Report on sanitation, dispensaries, and jails in Rajputana for 1912, and on vaccination for the year 1912-1913 - 1912-1913
Year: 1912
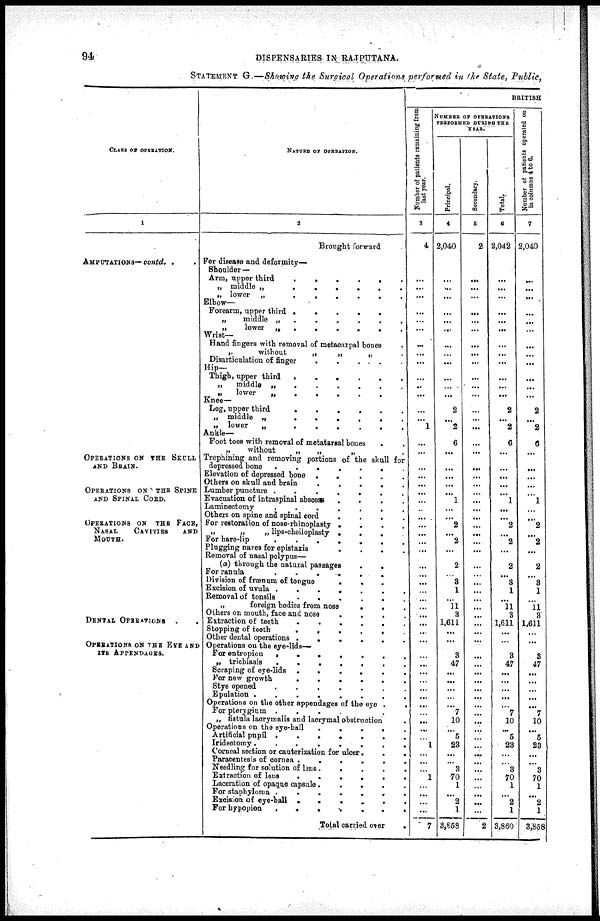
94
DISPENSARIES IN RAJPUTANA.
STATEMENT G.—Showing the Surgical Operations performed in the State, Public,
CLASS OF OPERATION.
1
AMPUTATIONS— contd. . .
OPERATIONS ON THE SKULL
AND BRAIN.
OPERATIONS ON THE SPINE
AND SPINAL CORD.
OPERATIONS ON THE FACE,
NASAL
CAVITIES
AND
MOUTH.
DENTAL OPERATIONS .
OPERATIONS ON THE EYE AND
ITS APPENDAGES.
NATURE OF OPERATION.
2
Brought forward
For disease and deformity—
Shoulder—
Arm, upper third
.
.
.
.
.
.
„ middle „
.
.
.
.
.
.
„ lower „
.
.
.
.
.
.
Elbow—
Forearm, upper third .
.
.
.
.
„
middle „ .
.
.
.
.
.
„
lower „
.
.
.
.
.
.
Wrist—
Hand fingers with removal of metacarpal bones .
„
without
„
„
„ .
Disarticulation of finger .
.
. . .
Hip—
Thigh, upper third
.
.
.
.
.
.
„
middle „
.
.
.
.
.
.
„
lower
„
.
.
.
.
.
Knee—
Leg, upper third
.
.
.
.
.
.
„ middle „
.
.
.
.
.
.
„ lower
„
.
.
.
.
.
.
Ankle—
Foot toes with removal of metatarsal bones . .
„
without
„
„
„ .
Trephining and removing portions of the skull for
depressed bone
.
.
.
.
.
.
.
Elevation of depressed bone .
.
.
.
.
Others on skull and brain
.
.
.
.
.
Lumber puncture .
.
.
.
.
.
.
Evacuation of intraspinal abscess
.
.
.
.
Laminectomy
.
.
.
.
.
.
.
Others on spine and spinal cord
.
.
.
.
For restoration of nose-rhinoplasty .
.
.
.
„
„
„ lips-cheiloplasty .
.
.
.
For hare-lip
.
.
.
.
.
.
.
Plugging nares for epistaxis
.
.
.
.
Removal of nasal polypus—
(a) through the natural passages
.
.
For ranula
.
.
.
.
.
.
Division of frænum of tongue
.
. .
Excision of uvula .
.
.
.
.
.
.
Removal of tonsils
.
.
.
.
.
.
„
foreign bodies from nose
.
. .
Others on mouth, face and nose
.
.
.
.
Extraction of teeth
.
.
.
.
.
.
Stopping of teeth
.
.
.
.
.
.
Other dental operations .
.
.
.
.
.
Operations on the eye-lids—
For entropion
.
.
.
.
.
.
.
„ trichiasis
.
.
.
.
.
.
.
Scraping of eye-lids .
.
.
.
.
For new growth
.
.
.
.
.
Stye opened
.
.
.
.
.
.
.
Epulation .
.
.
.
.
.
.
.
Operations on the other appendages of the eye .
.
For pterygium .
.
.
. .
„ fistula lacrymalis and laorymal obstruction .
Operations on the eye-ball
.
.
.
.
.
Artificial pupil .
.
.
.
.
.
.
Iridectomy.
.
.
.
.
.
.
.
Corneal section or cauterization for ulcer.
.
.
Paracentesis of cornea .
.
.
.
.
.
Needling for solution of lens .
. . . .
Extraction of lens
.
.
.
.
.
.
Laceration of opaque capsule.
.
.
.
.
For staphyloma .
.
.
.
.
.
.
Excision of eye-ball .
.
.
. .
.
.
For hypopion
.
.
.
.
.
.
.
Total carried over
.
BRITISH
Number of patients renaming from
last year.
3
4
...
...
...
...
...
...
...
...
...
...
...
...
...
...
...
...
...
1
...
...
...
...
...
...
...
...
...
...
...
...
...
...
...
...
...
...
...
...
...
...
...
...
...
... ...
...
...
...
...
...
...
...
...
1
...
...
...
1
...
...
...
...
7
NUMBER OF OPERATION
PERFORMED DURING THE
YEAR.
Principal.
4
2,040
...
...
...
...
...
...
...
...
...
...
...
...
...
...
...
2
...
2
6
...
...
...
...
...
1
...
...
2
...
2
...
2
...
3
1
...
11
3
1,611
...
...
...
3
47
...
...
...
...
...
7
10
...
5
23
...
...
3
70
1
...
2
1
3,858
Secondary.
5
2
...
...
...
...
...
...
...
...
...
...
...
...
...
...
...
...
...
...
...
...
...
...
...
...
...
...
...
...
...
...
...
...
...
...
...
...
...
...
...
...
...
...
...
...
...
...
...
...
...
...
...
...
...
...
...
...
...
...
...
...
...
...
2
Total.
6
2,042
...
...
...
...
...
...
...
...
...
...
...
...
...
...
...
2
...
2
6
...
...
...
...
...
1
...
...
2
...
2
...
2
...
3
1
...
11
3
1,611
...
...
...
3
47
...
...
...
...
...
7
10
...
5
23
...
...
3
70
1
...
2
1
3,860
Number of patients operated on
in columns 4 to 6.
7
2,040
...
...
...
...
...
...
...
...
...
...
...
...
...
...
...
2
...
2
6
...
...
...
...
...
1
...
...
2
...
2
...
2
...
3
1
...
11
3
1,611
...
...
...
3
47
...
...
...
...
...
7
10
...
5
23
...
...
3
70
1
...
2
1
3,858